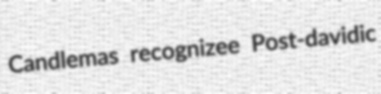
Candlemas recognizee Post-davidic